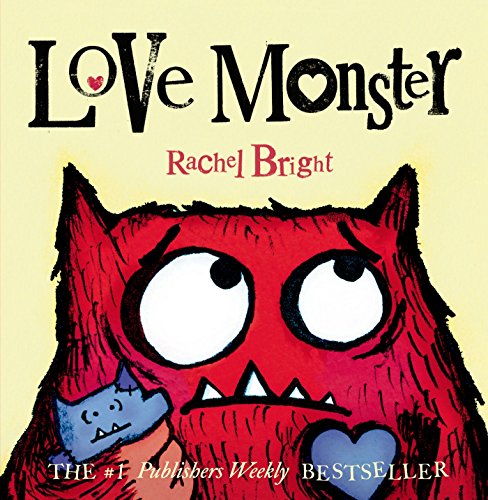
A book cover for Love Monster; Rachel Bright; Teen & Young Adult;